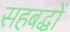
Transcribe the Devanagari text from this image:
सहबद्धों